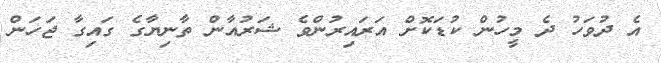
އެ ދުވަހު ދެ މީހުން ކުޑަކޮށް އަރައިރުންވެ ޝަރުއާން ތާނިޔާގެ ގައިގާ ޖަހަން